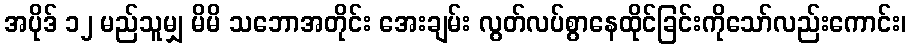
အပိုဒ် ၁၂ မည်သူမျှ မိမိ သဘောအတိုင်း အေးချမ်း လွတ်လပ်စွာနေထိုင်ခြင်းကိုသော်လည်းကောင်း၊